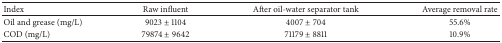
| Index | Raw influent | After oil-water separator tank | Average removal rate |
 | --- | --- | --- | --- |
 | Oil and grease (mg/L) | 9023 ± 1104 | 4007 ± 704 | 55.6% |
 | COD (mg/L) | 79874 ± 9642 | 71179 ± 8811 | 10.9% |